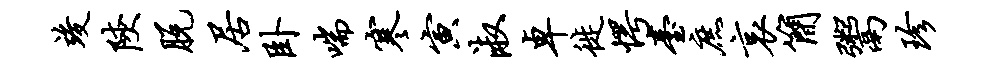
竣陕脱居卧喘寒寅淑卓徙愕台庶哀简鬻珍